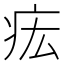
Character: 𤵄